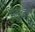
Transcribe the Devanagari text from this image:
संतुरवादन